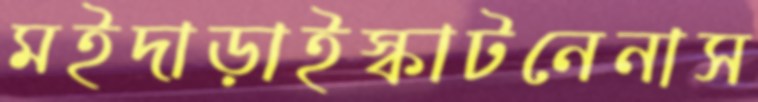
মইদাড়াইস্কাটনেনাস